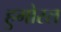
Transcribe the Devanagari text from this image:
हुमोरल